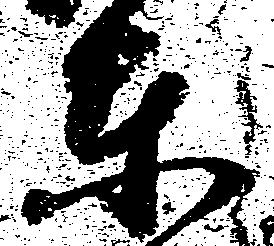
東